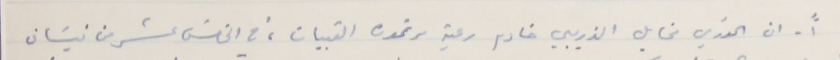
١ ً- ان الخوري مخايل الذريبي خادم رعية مرتموره القبيات، في الخامسَ عشر من نيسَان